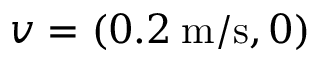
v = ( 0 . 2 \: \mathrm { m / s } , 0 )